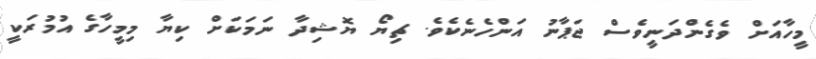
މީހާއަށް ވެގެންދަނީވެސް ޖަޕާނު އަންހެނެކެވެ. ޗިޔޯ ޔޮޝިދާ ނަމަކަށް ކިޔާ މިމީހާގެ އުމުރަކީ